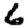
Digit: 6